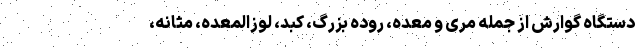
دستگاه گوارش از جمله مری و معده، روده بزرگ، کبد، لوزالمعده، مثانه،